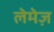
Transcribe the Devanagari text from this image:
लेमेज़